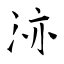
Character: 洂